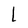
Character: l